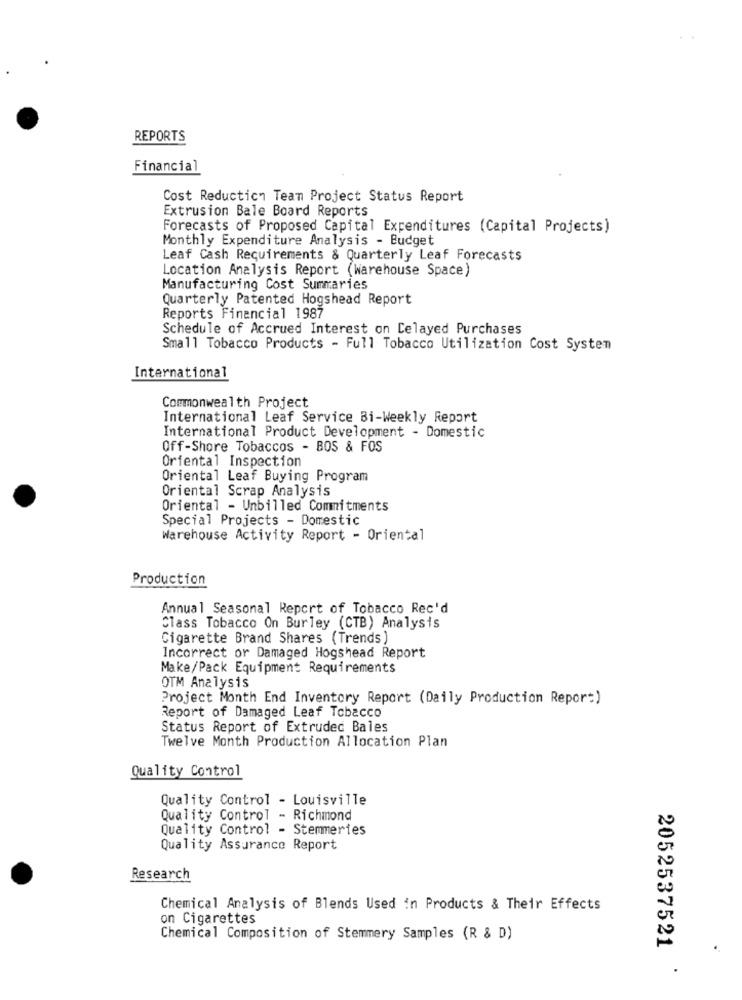
REPORTS
Financial
Cost Reduction Team Project Status Report
Extrusion Bale Board Reports
Forecasts of Proposed Capital Expenditures (Capital Projects)
Monthly Expenditure Analysis - Budget
Leaf Cash Requirements & Quarterly Leaf Forecasts
Location Analysis Report (Warehouse Space)
Manufacturing Cost Summaries
Quarterly Patented Hogshead Report
Reports Financial 1987
Schedule of Accrued Interest on Delayed Purchases
Small Tobacco Products - Full Tobacco Utilization Cost System
International
Commonwealth Project
International Leaf Service Bi-Weekly Report
International Product Development - Domestic
Off-Shore Tobaccos - BOS & FOS
Oriental Inspection
Oriental Leaf Buying Program
Oriental Scrap Analysis
Oriental - Unbilled Commitments
Special Projects - Domestic
Warehouse Activity Report - Oriental
Production
Annual Seasonal Report of Tobacco Rec'd
Class Tobacco On Burley (CTB) Analysis
Cigarette Brand Shares (Trends)
Incorrect or Damaged Hogshead Report
Make/Pack Equipment Requirements
OTM Analysis
Project Month End Inventory Report (Daily Production Report)
Report of Damaged Leaf Tobacco
Status Report of Extruded Bales
Twelve Month Production Allocation Plan
Quality Control
Quality Control - Louisville
Quality Control - Richmond
Quality Control - Stemmeries
Quality Assurance Report
Research
Chemical Analysis of Blends Used in Products & Their Effects
on Cigarettes
Chemical Composition of Stemmery Samples (R & D)
2052537521